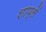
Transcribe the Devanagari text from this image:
शाप्लें